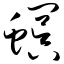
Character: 螟